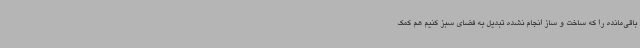
باقی‌مانده را که ساخت و ساز انجام نشده تبدیل به فضای سبز کنیم هم کمک